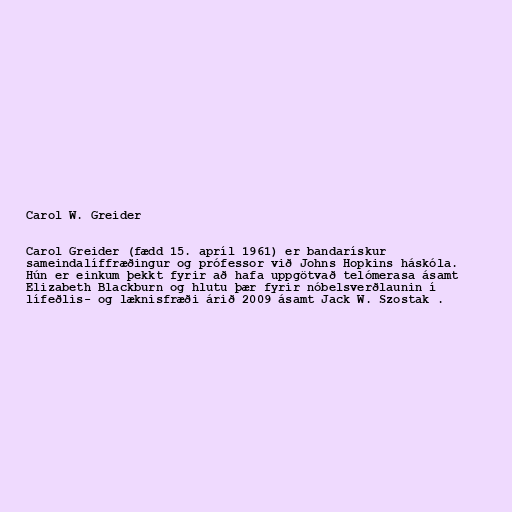
Carol W. Greider

Carol Greider (fædd 15. apríl 1961) er bandarískur
sameindalíffræðingur og prófessor við Johns Hopkins háskóla.
Hún er einkum þekkt fyrir að hafa uppgötvað telómerasa ásamt
Elizabeth Blackburn og hlutu þær fyrir nóbelsverðlaunin í
lífeðlis- og læknisfræði árið 2009 ásamt Jack W. Szostak .